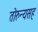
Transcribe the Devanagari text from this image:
तोरुन्यसह